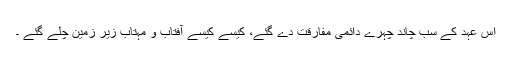
اس عہد کے سب چاند چہرے دائمی مفارقت دے گئے، کیسے کیسے آفتاب و مہتاب زیر زمین چلے گئے ۔